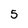
Character: 5